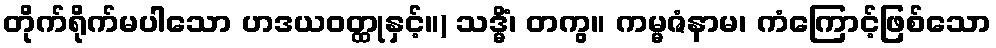
တိုက်ရိုက်မပါသော ဟဒယဝတ္ထုနှင့်။) သဒ္မိံ၊ တကွ။ ကမ္မဇံနာမ၊ ကံကြောင့်ဖြစ်သော